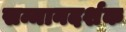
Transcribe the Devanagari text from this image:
सन्मानदर्शक